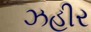
ઝહીર